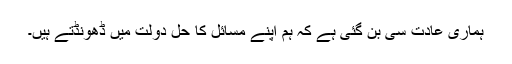
ہماری عادت سی بن گئی ہے کہ ہم اپنے مسائل کا حل دولت میں ڈھونڈتے ہیں۔